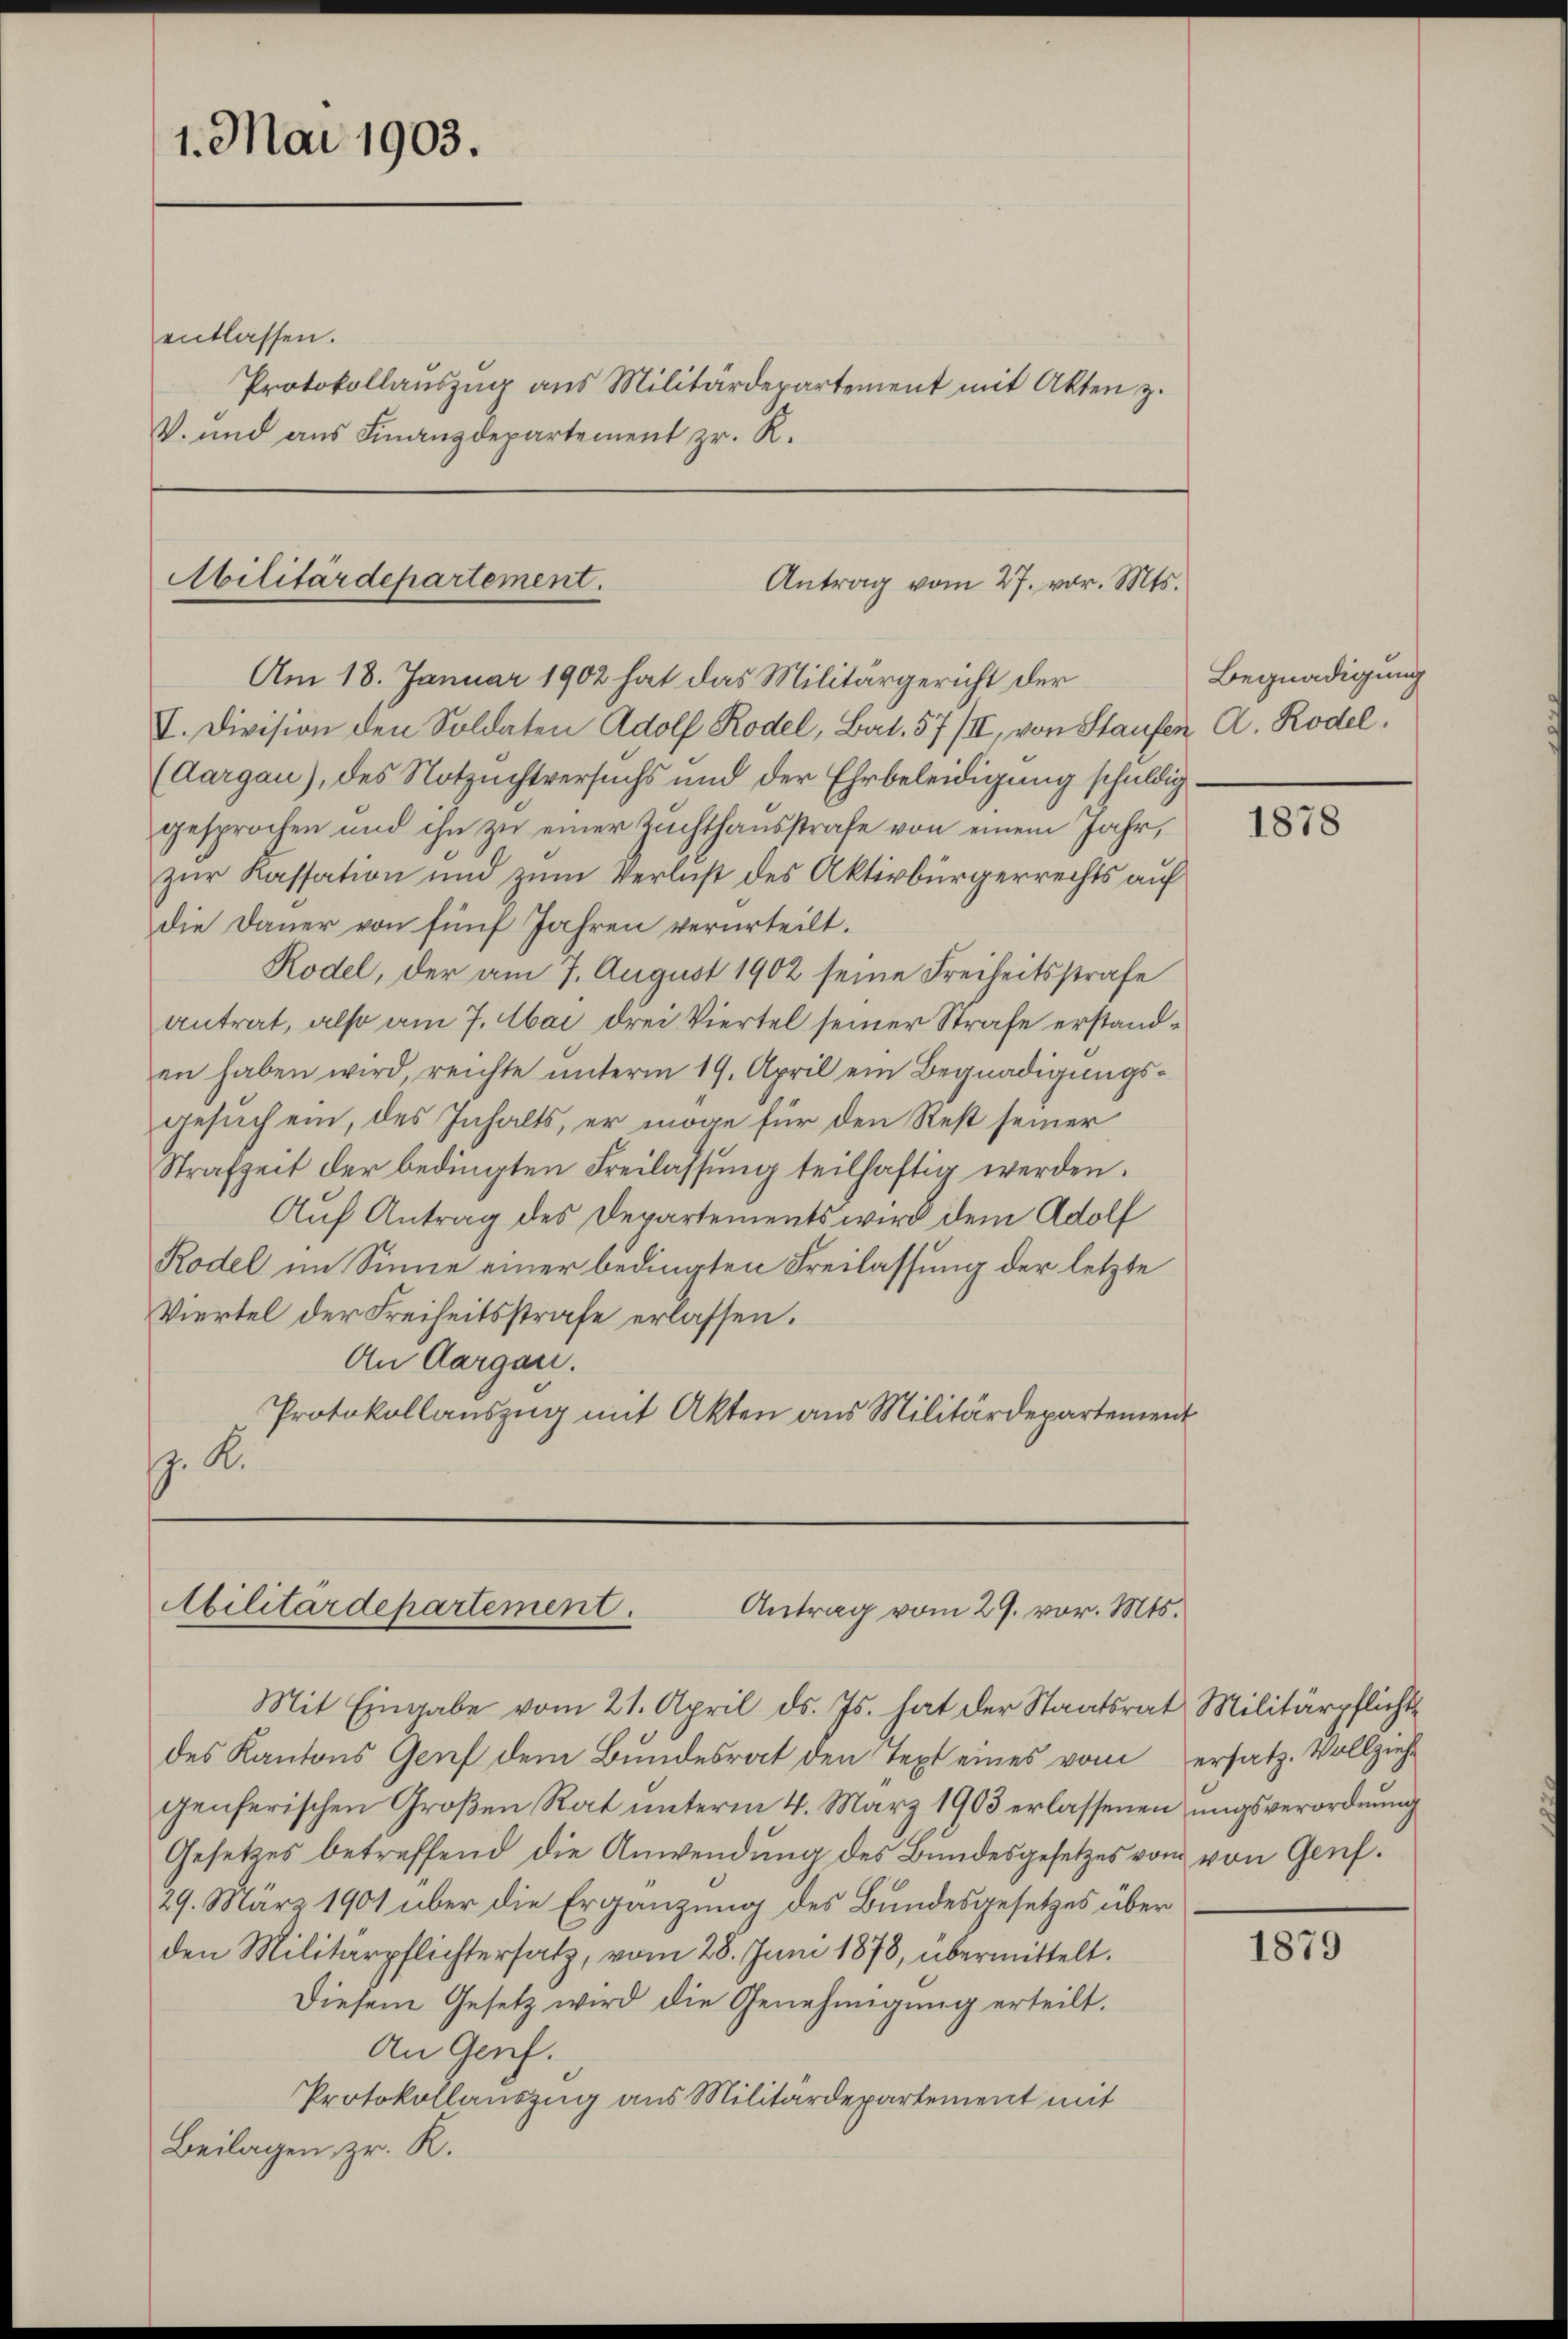
1. Mai 1903.

entlassen.
Protokollaŭszŭg ans Militärdepartement mit Akten z.
V. und aus Finanzdepartement zr. R.

Abilitärdepartement.
Antrag vom 27. vor. Mts.
Am 18. Januar 1902 hat das Militärgericht der

V. Division den Soldaten Adolf Rodel, Bat. 57/II, von Staufen A. Rodel,
(Aargau), des Notzuchtversuchs und der Ehrbeleidigung schuldiggesprochen und ihn zu einer Zuchthausstrafe von einem Jahr,
zur Kassation und zum Verlust des Aktivbürgerrechts auf
die Dauer von fünf Jahren verurteilt.
Rodel, der am 7. August 1902 seine Freiheitsstrafe
Antrat, also am 7. Mai drei Viertel seiner Strafe erstanden haben wird, reichte unterm 19. April ein Begnadigungsgesuch ein, des Inhalts, er möge für den Rest seiner
Strafzeit der bedingten Freilassŭng teilhaftig werden.
Auf Antrag des Departements wird dem Adolf
Rodel im Sinne einer bedingten Freilassung der letzte
Viertel der Freiheitsstrafe erlassen.
An Aargau.
Protokollauszug mit Akten aus Militärdepartement
p. R.

Militärdepartement.
Antrag vom 29. vor. Mts.

Mit Eingabe vom 21. April d. Js. hat der Staatsrat Militärpflicht
des Kantons Genf dem Bundesrat den Text eines vom
genferischen Großen Rat unterm 4. März 1903 erlassenen ungsverordnung
Gesetzes betreffend die Anwendung des Bundesgesetzes von von Genf.
29. März 1901 über die Ergänzung des Bundesgesetzes über
den Militärpflichtersatz, vom 28. Juni 1878, übermittelt.
Diesem Gesetz wird die Genehmigung erteilt.
An Genf.
Protokollauszug aus Militärdepartement mit
Beilagen, z. R.

Begnadigung

1878

ersatz. Vollzieh

1879